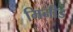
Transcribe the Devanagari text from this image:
मिनीड